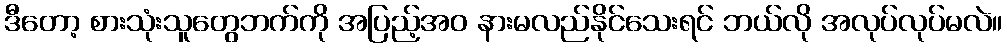
ဒီတော့ စားသုံးသူတွေဘက်ကို အပြည့်အဝ နားမလည်နိုင်သေးရင် ဘယ်လို အလုပ်လုပ်မလဲ။